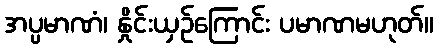
အပ္ပမာဏံ၊ နှိုင်းယှဉ်ကြောင်း ပမာဏမဟုတ်။